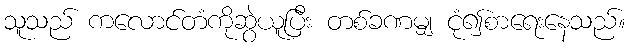
သူသည် ကလောင်တံကိုဆွဲယူပြီး တစ်ခဏမျှ ငုံ၍စာရေးနေသည်။